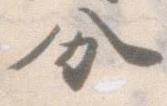
分